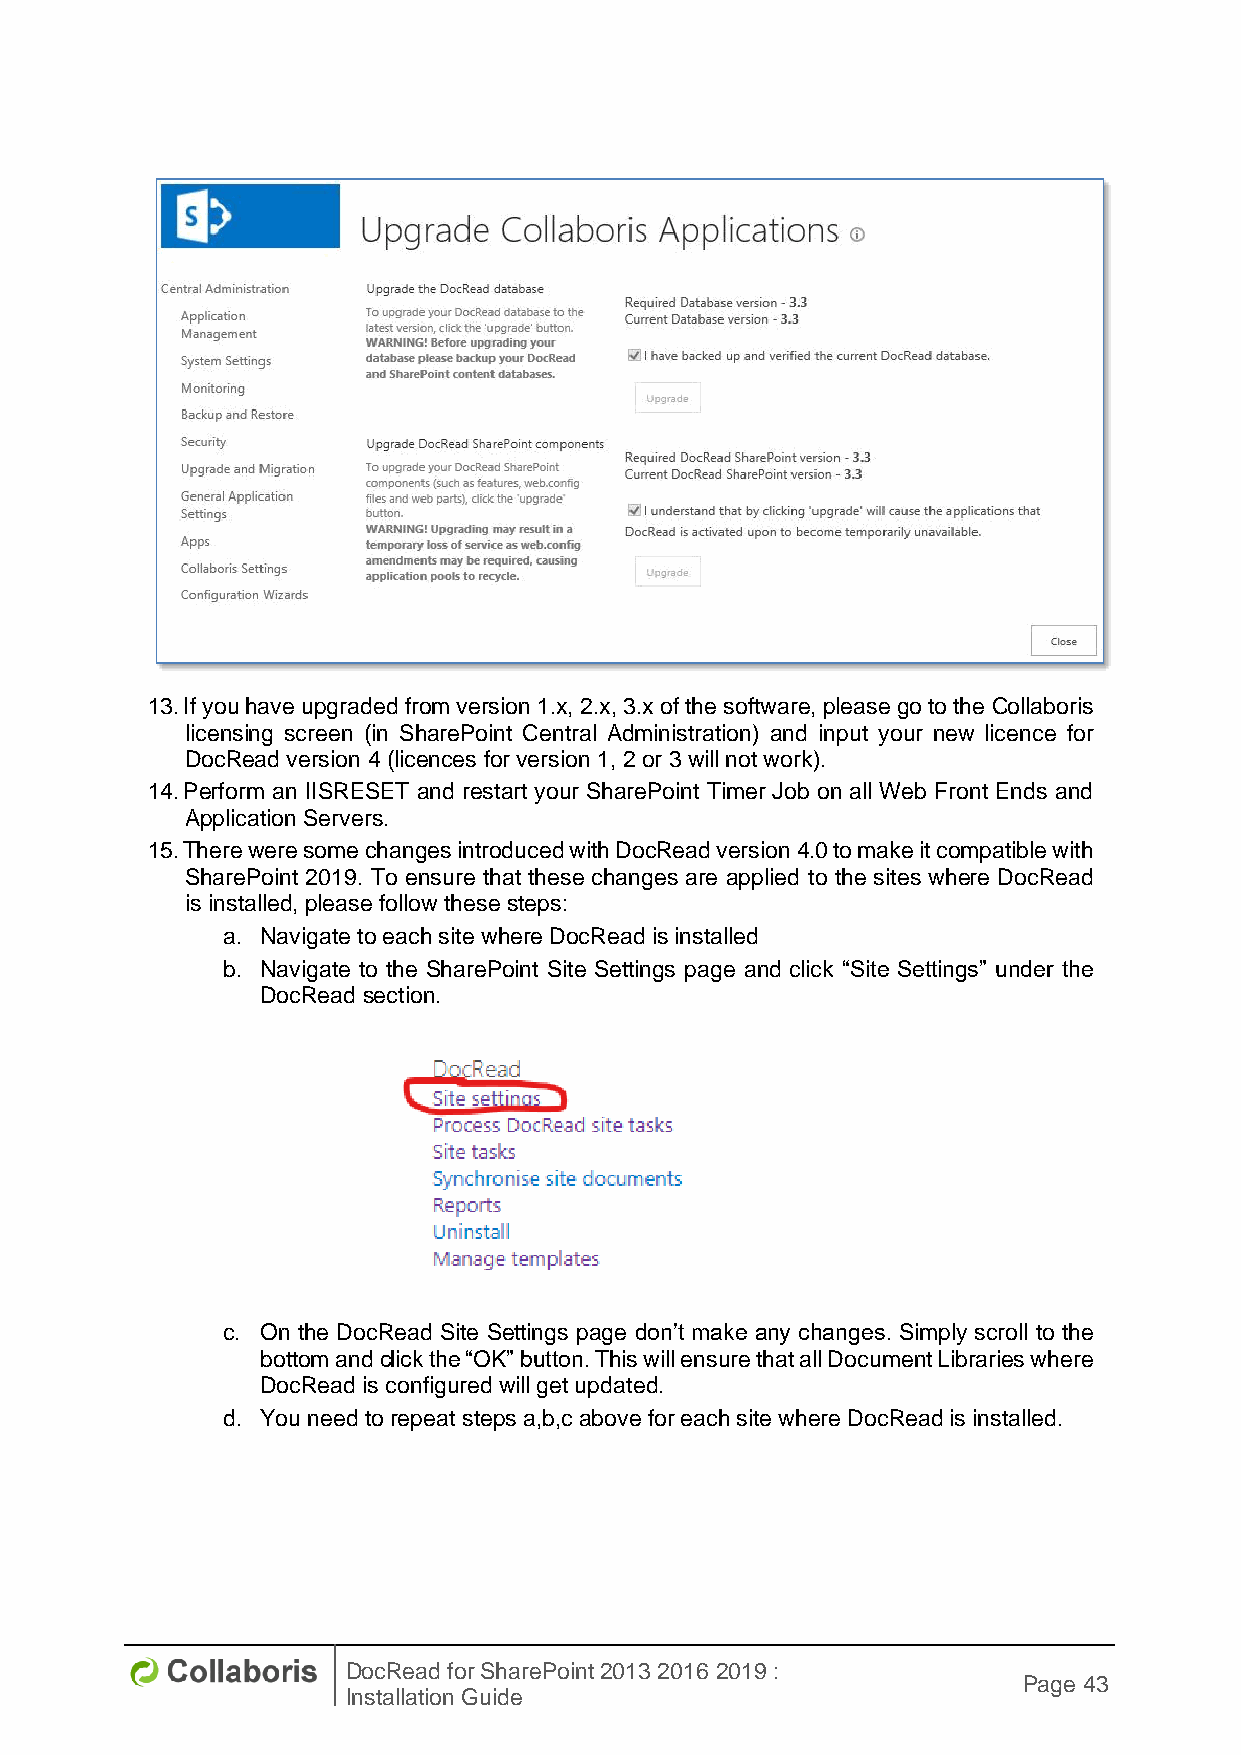
13. If you have upgraded from version 1.x, 2.x, 3.x of the software, please go to the Collaboris
 licensing screen (in SharePoint Central Administration) and input your new licence for
 DocRead version 4 (licences for version 1, 2 or 3 will not work).
 14. Perform an IISRESET and restart your SharePoint Timer Job on all Web Front Ends and
 Application Servers.
 15. There were some changes introduced with DocRead version 4.0 to make it compatible with
 SharePoint 2019. To ensure that these changes are applied to the sites where DocRead
 is installed, please follow these steps:
 a. Navigate to each site where DocRead is installed
 b. Navigate to the SharePoint Site Settings page and click “Site Settings” under the
 DocRead section.
 c. On the DocRead Site Settings page don’t make any changes. Simply scroll to the
 bottom and click the “OK” button. This will ensure that all Document Libraries where
 DocRead is configured will get updated.
 d. You need to repeat steps a,b,c above for each site where DocRead is installed.
 DocRead for SharePoint 2013 2016 2019 :
 Page 43
 Installation Guide